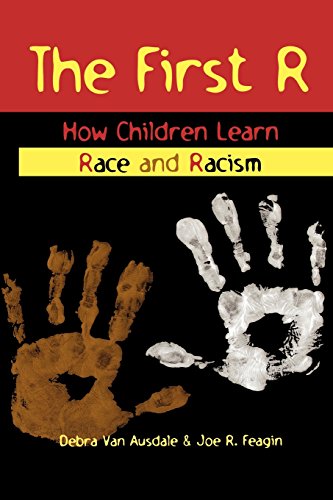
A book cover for The First R: How Children Learn Race and Racism; Debra Van Ausdale; Politics & Social Sciences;